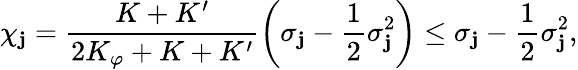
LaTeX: \chi_{\mathbf{j}}=\frac{{K+K^{\prime}}}{{2K_{\varphi}+K+K^{\prime}}}\left(\sigma_{\mathbf{j}}-\frac{{1}}{{2}}\sigma_{\mathbf{j}}^{2}\right)\le\sigma_{\mathbf{j}}-\frac{{1}}{{2}}\sigma_{\mathbf{j}}^{2},